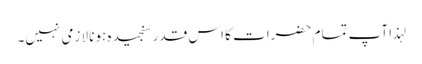
لہذا آپ تمام حضرات کا اس قدر سنجیدہ ہونا لازمی نہیں۔